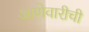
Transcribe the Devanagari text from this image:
आणेवारीची